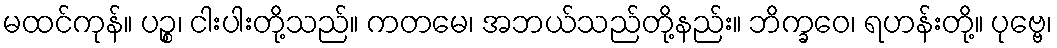
မထင်ကုန်။ ပဉ္စ၊ ငါးပါးတို့သည်။ ကတမေ၊ အဘယ်သည်တို့နည်း။ ဘိက္ခဝေ၊ ရဟန်းတို့။ ပုဗ္ဗေ၊